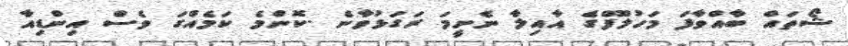
ޝޯތައް ބާއްވާފަ މަހުލޫފްގެ އާއިލާ ނެށީމަ ރަގަޅުވާނެ .ކޮންމެ ކަމެއްގަ ވެސް އިންޑިއާ